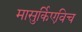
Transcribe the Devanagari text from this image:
मासुर्किएविच